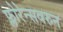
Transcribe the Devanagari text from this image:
फ्लोरेन्सवरुन